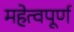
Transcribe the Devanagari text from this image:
महेत्वपूर्ण